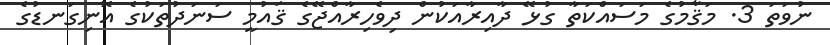
ނުވަތަ 3. މަޤާމުގެ މަސައްކަތާ ގުޅޭ ދާއިރާއަކުން ދިވެހިރާއްޖޭގެ ޤައުމީ ސަނަދުތަކުގެ އޮނިގަނޑުގެ